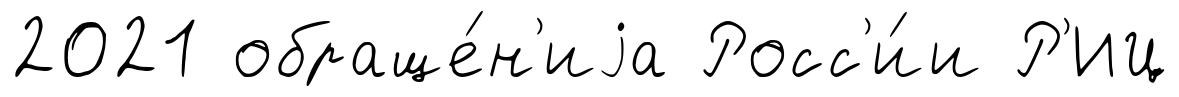
2021 обраще́н'иjа Росс'и́и Р'ИЦ